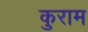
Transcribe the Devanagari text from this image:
कुराम